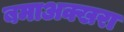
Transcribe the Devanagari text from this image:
बमाअक्खरा